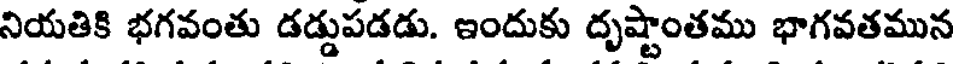
నియతికి భగవంతు డడ్డుపడడు. ఇందుకు దృష్టాంతము భాగవతమున